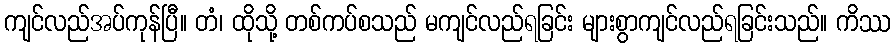
ကျင်လည်အပ်ကုန်ပြီ။ တံ၊ ထိုသို့ တစ်ကပ်စသည် မကျင်လည်ရခြင်း များစွာကျင်လည်ရခြင်းသည်။ ကိဿ